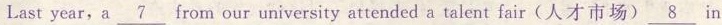
Last year,a\underline{7} from our university attended atalent fair(人才市场)\underline{8}in